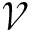
\mathcal { V }